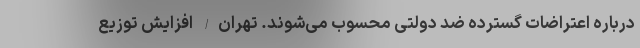
درباره اعتراضات گسترده ضد دولتی محسوب می‌شوند. تهران/ افزایش توزیع